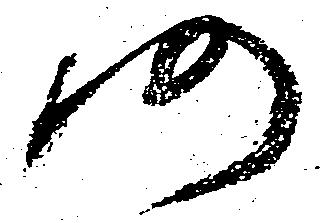
仍